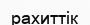
рахиттік